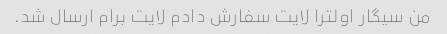
من سیگار اولترا لایت سفارش دادم لایت برام ارسال شد.